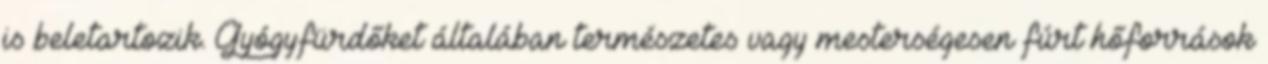
is beletartozik. Gyógyfürdőket általában természetes vagy mesterségesen fúrt hőforrások